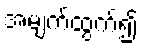
အမျက်ထွက်၍